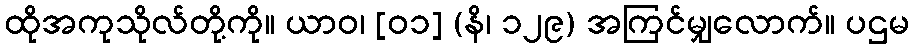
ထိုအကုသိုလ်တို့ကို။ ယာဝ၊ [၀၁] (နိ၊ ၁၂၉) အကြင်မျှလောက်။ ပဌမ